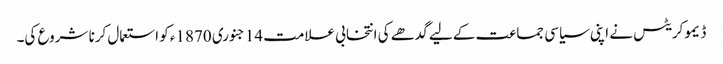
ڈیموکریٹس نے اپنی سیاسی جماعت کے لیے گدھے کی انتخابی علامت 14 جنوری 1870ء کو استعمال کرنا شروع کی۔